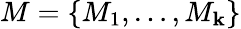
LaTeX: M=\{ M_{1},\dots,M_{\mathbf{k}}\}